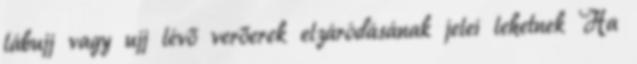
lábujj vagy ujj lévő verőerek elzáródásának jelei lehetnek Ha